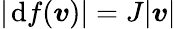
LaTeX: |\; \! \mathrm{d}f(\boldsymbol{v})|=J|\boldsymbol{v}|